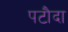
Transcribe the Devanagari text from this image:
पटौदा